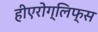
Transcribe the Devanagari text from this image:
हीएरोग्लिफ्स